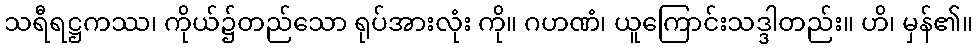
သရီရဋ္ဌကဿ၊ ကိုယ်၌တည်သော ရုပ်အားလုံး ကို။ ဂဟဏံ၊ ယူကြောင်းသဒ္ဒါတည်း။ ဟိ၊ မှန်၏။